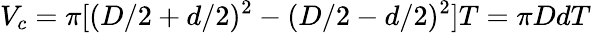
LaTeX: V_{c}=\pi[(D/2+d/2)^{2}-(D/2-d/2)^{2}]T=\pi DdT